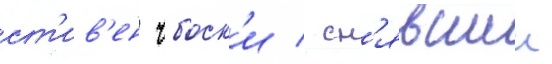
ст'ив'ен чбоск'и / сн'явшии